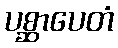
ပစ္ဆာပေတံ